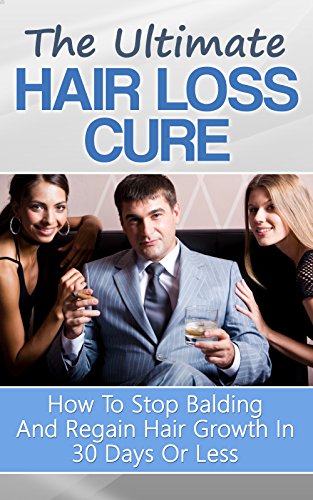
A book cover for The Ultimate Hair Loss Cure: How To Stop Balding And Regain Hair Growth In 30 Days Or Less; Guy Chapman; Health, Fitness & Dieting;